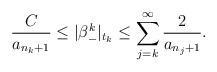
LaTeX: \begin{align*} \frac{C}{a_{n_k+1}}\leq |\beta_-^k|_{t_k}\leq \sum_{j=k}^{\infty}\frac {2}{a_{n_j+1}}.\end{align*}